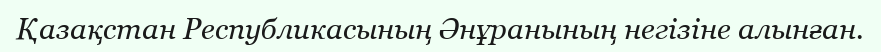
Қазақстан Республикасының Әнұранының негізіне алынған.